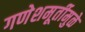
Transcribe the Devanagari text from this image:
गणेशमूर्तीमुळे